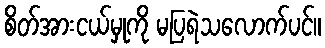
စိတ်အားငယ်မှုကို မပြရဲသလောက်ပင်။